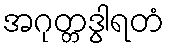
အဂုတ္တဒွါရတံ